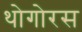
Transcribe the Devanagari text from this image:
थोगोरस